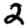
Digit: 2